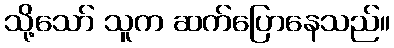
သို့သော် သူက ဆက်ပြောနေသည်။